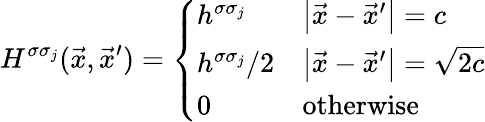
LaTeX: H^{\sigma\sigma_{j}}({\vec{x}},{\vec{x}}^{\prime})={\left\{ \begin{array}{ll}{h^{\sigma\sigma_{j}}}&{\left|{\vec{x}}-{\vec{x}}^{\prime}\right|=c}\\ {h^{\sigma\sigma_{j}}/2}&{\left|{\vec{x}}-{\vec{x}}^{\prime}\right|={\sqrt{2c}}}\\ {0}&{{\mathrm{otherwise}}}\end{array}\right.}